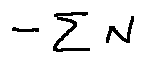
- \sum N